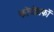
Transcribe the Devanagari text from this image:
फोनोग्राफों